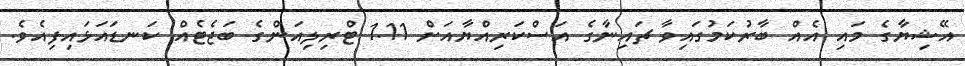
އޭޝިޔާގެ މައި އެއް ބާރުކަމުގައިވާ ޗައިނާގެ އަސްކަރިއްޔާއަށް 1.11 ޓްރިލިއަންގެ ބަޖެޓެއް ކަނޑައަޅައިފިއެވެ.